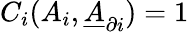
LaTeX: C_{i}(A_{i},\underline{{A}}_{\partial i})=1